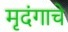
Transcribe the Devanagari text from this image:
मृदंगाचे